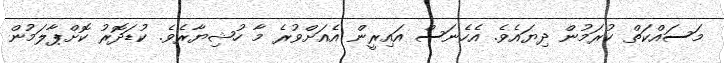
މަސައްކަތް ކުރަމުން ދިޔައެވެ. އެހެނަސް އައިރީން އެއަށްވުރެ މާ ހުޝިޔާރެވެ. ކުޑަދޮރު ކޮށްޕާލަމުން